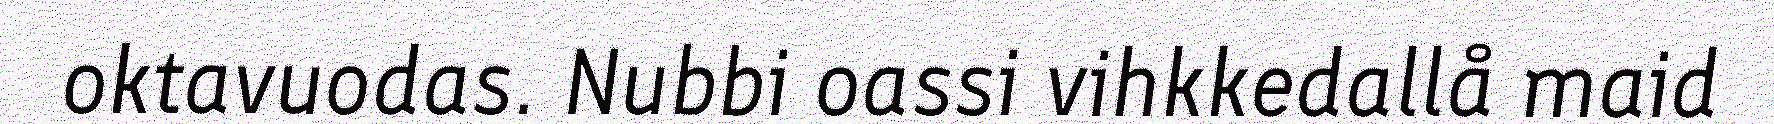
oktavuodas. Nubbi oassi vihkkedallå maid